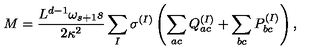
M = \frac { L ^ { d - 1 } \omega _ { s + 1 } s } { 2 \kappa ^ { 2 } } \sum _ { I } \sigma ^ { ( I ) } \left( \sum _ { a c } Q _ { a c } ^ { ( I ) } + \sum _ { b c } P _ { b c } ^ { ( I ) } \right) ,